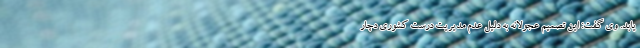
یابد. وی گفت: این تصمیم عجولانه به دلیل عدم مدیریت درست کشوری دچار